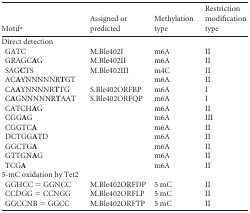
<table><thead><tr><td><b>Motif<sup><i>a</i></sup></b></td><td><b>Assigned or predicted</b></td><td><b>Methylation type</b></td><td><b>Restriction modification type</b></td></tr></thead><tbody><tr><td>Direct detection</td><td></td><td></td><td></td></tr><tr><td>GATC</td><td>M.Ble402I</td><td>m6A</td><td>II</td></tr><tr><td>GRAGC<b>A</b>G</td><td>M.Ble402II</td><td>m6A</td><td>II</td></tr><tr><td>SAG<b>C</b>TS</td><td>M.Ble402III</td><td>m4C</td><td>II</td></tr><tr><td>AC<b>A</b>YNNNNNR<b>T</b>GT</td><td></td><td>m6A</td><td>II</td></tr><tr><td>CA<b>A</b>YNNNNR<b>T</b>TG</td><td>S.Ble402ORFBP</td><td>m6A</td><td>I</td></tr><tr><td>C<b>A</b>GNNNNNR<b>T</b>AAT</td><td>S.Ble402ORFQP</td><td>m6A</td><td>I</td></tr><tr><td>CATCH<b>A</b>G</td><td></td><td>m6A</td><td>II</td></tr><tr><td>CGG<b>A</b>G</td><td></td><td>m6A</td><td>III</td></tr><tr><td>CGGTC<b>A</b></td><td></td><td>m6A</td><td>II</td></tr><tr><td>DCTGG<b>A</b>TD</td><td></td><td>m6A</td><td>II</td></tr><tr><td>GGCTG<b>A</b></td><td></td><td>m6A</td><td>II</td></tr><tr><td>GTTGN<b>A</b>G</td><td></td><td>m6A</td><td>II</td></tr><tr><td>TCG<b>A</b></td><td></td><td>m6A</td><td>II</td></tr><tr><td>5-mC oxidation by Tet2</td><td></td><td></td><td></td></tr><tr><td>GGHCC = GGNCC</td><td>M.Ble402ORFDP</td><td>5 mC</td><td>II</td></tr><tr><td>CCDGG = CCNGG</td><td>M.Ble402ORFLP</td><td>5 mC</td><td>II</td></tr><tr><td>GGCCNB = GGCC</td><td>M.Ble402ORFTP</td><td>5 mC</td><td>II</td></tr></tbody></table>